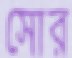
সোর